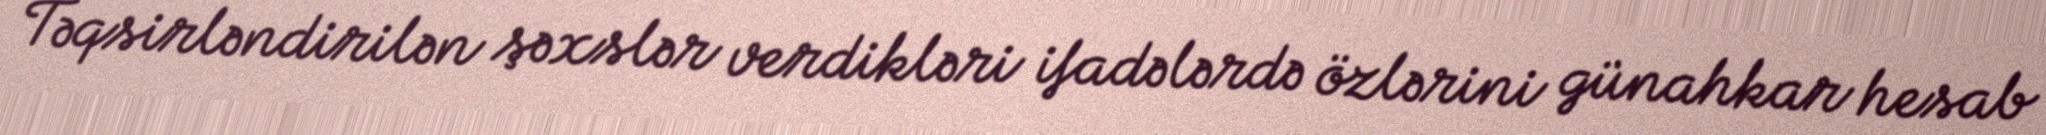
Təqsirləndirilən şəxslər verdikləri ifadələrdə özlərini günahkar hesab